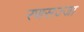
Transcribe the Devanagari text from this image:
रणसज्जा